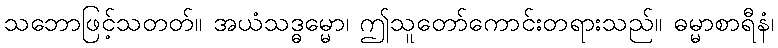
သဘောဖြင့်သတတ်။ အယံသဒ္ဓမ္မော၊ ဤသူတော်ကောင်းတရားသည်။ ဓမ္မာစာရီနံ၊